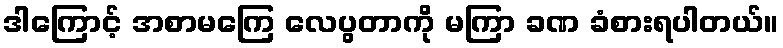
ဒါကြောင့် အစာမကြေ လေပွတာကို မကြာ ခဏ ခံစားရပါတယ်။